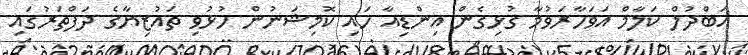
އަބްދުލް ކަލާމް އަވަހާރަވުމާ ގުޅިގެން އިންޑިއާ ހައި ކޮމިޝަނުން ހުޅުވި ތައުޒިޔާގެ ދަފްތަރުގައި